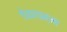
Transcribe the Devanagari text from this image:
वेंकाचम्मा